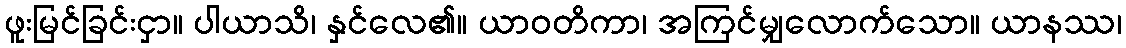
ဖူးမြင်ခြင်းငှာ။ ပါယာသိ၊ နှင်လေ၏။ ယာဝတိကာ၊ အကြင်မျှလောက်သော။ ယာနဿ၊